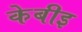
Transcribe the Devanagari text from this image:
केबीइ